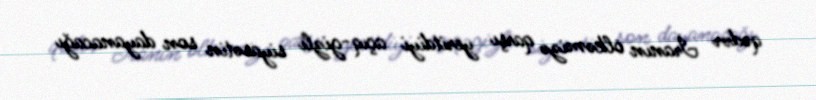
qədər İranın ölkəmizə qarşı yeritdiyi açıq-gizli siyasətin son dayanacağı